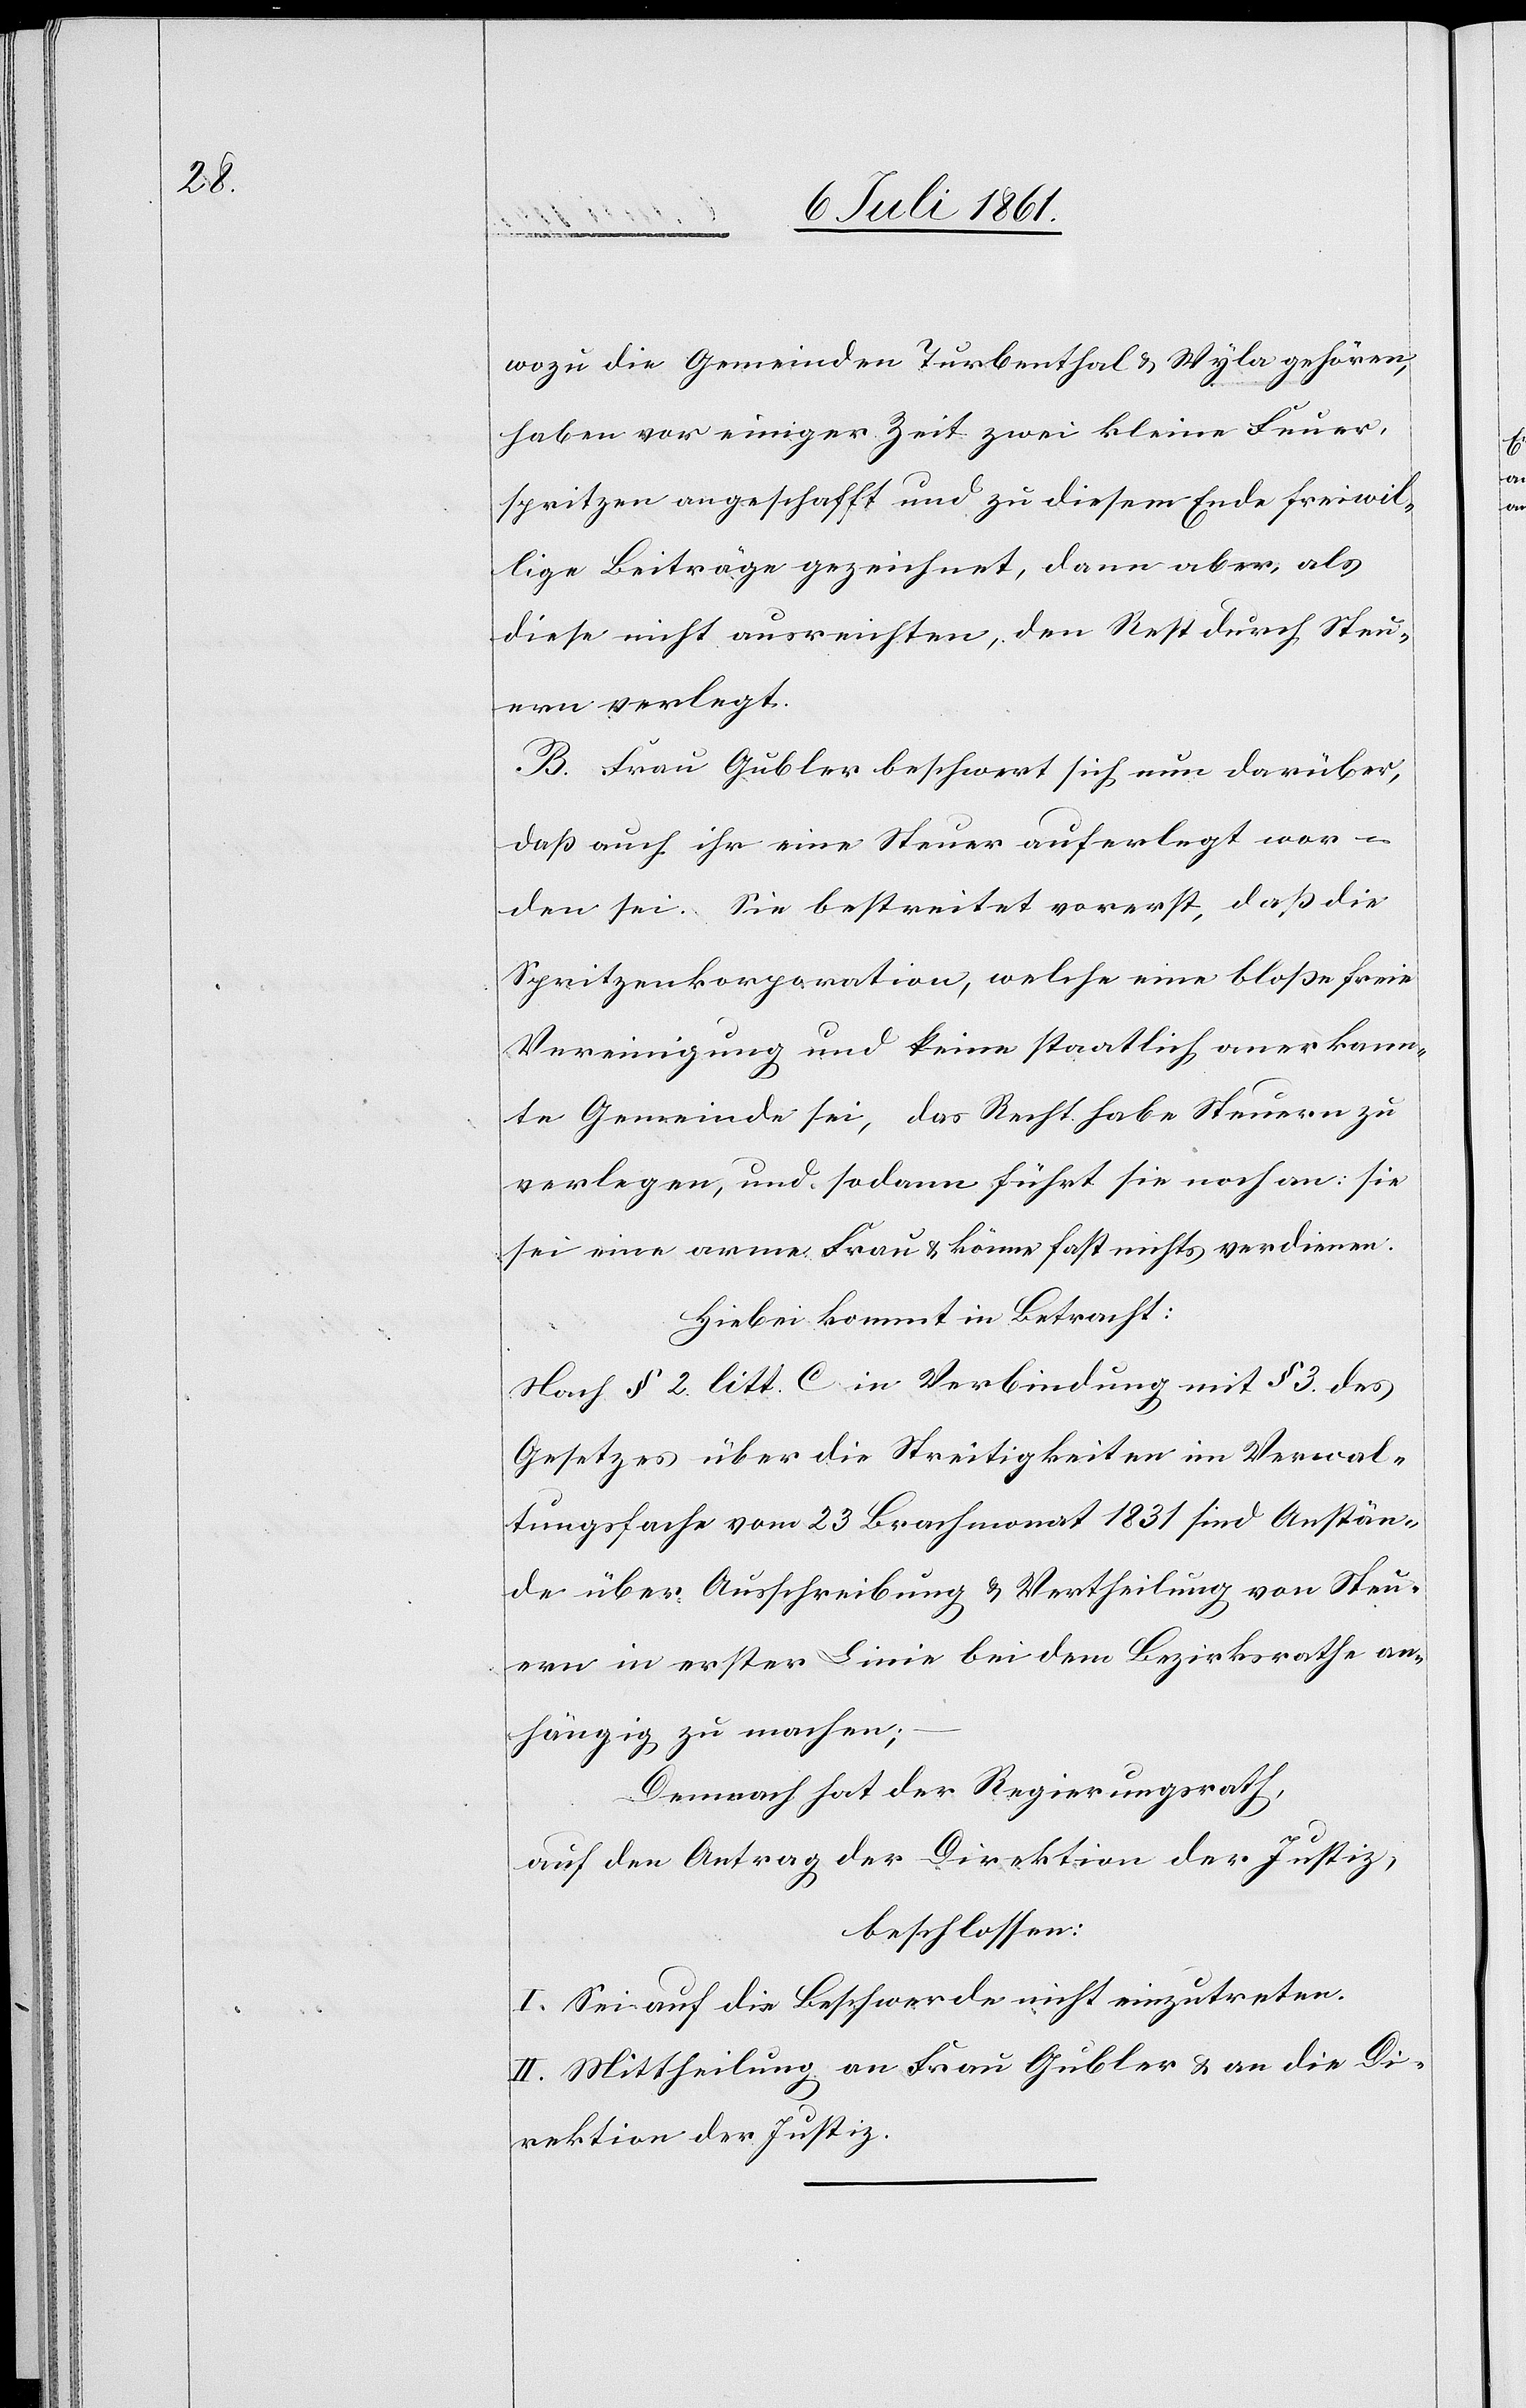
wozu die Gemeinden Turbenthal u. Wyla gehören,
haben vor einiger Zeit zwei kleine Feuer¬
spritzen angeschafft und zu diesem Ende freiwil¬
lige Beiträge gezeichnet, dann aber, als
diese nicht ausreichten, den Rest durch Steu¬
ern verlegt.
B. Frau Gubler beschwert sich nun darüber,
daß auch ihr eine Steuer auferlegt wor¬
den sei. Sie bestreitet vorerst, daß die
Spritzenkorporation, welche eine bloße freie
Vereinigung und keine staatlich anerkann¬
te Gemeinde sei, das Recht habe Steuern zu
verlegen, und sodann führt sie noch an: sie
sei eine arme Frau u. könne fast nichts verdienen.
Hiebei kommt in Betracht:
Nach § 2 litt. C. in Verbindung mit § 3 des
Gesetzes über die Streitigkeiten im Verwal¬
tungsfache vom 23 Brachmonat 1831 sind Anstän¬
de über Ausschreibung u. Vertheilung von Steu¬
ern in erster Linie bei dem Bezirksrathe an¬
hängig zu machen;
Demnach hat der Regierungsrath,
auf den Antrag der Direktion der Justiz,
beschlossen:
I. Sei auf die Beschwerde nicht einzutreten.
II. Mittheilung an Frau Gubler u. an die Di¬
rektion der Justiz.